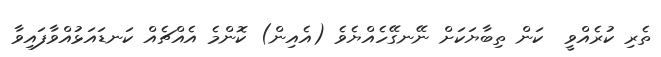
ތެރި ކުރެއްވީ  ކަން ތިބާޔަކަށް ނޭނގޭހެއްޔެވެ (އެއިން) ކޮންމެ އެއްޗެއް ކަނޑައަޅުއްވާފައިވާ